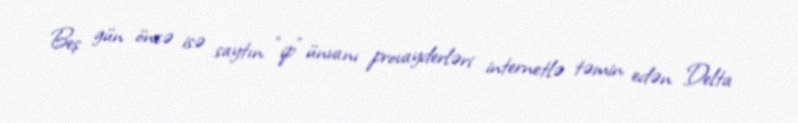
Beş gün öncə isə saytın “ip” ünvanı provayderləri internetlə təmin edən Delta